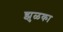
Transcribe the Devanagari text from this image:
झुळका